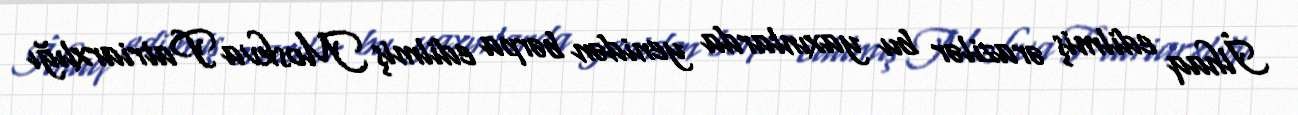
İlhaq edilmiş ərazilər bu yaxınlarda yenidən bərpa edilmiş Moskva Patriarxlığı